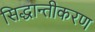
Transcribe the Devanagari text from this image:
सिद्धान्तीकरण